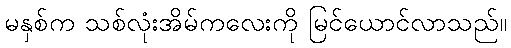
မနှစ်က သစ်လုံးအိမ်ကလေးကို မြင်ယောင်လာသည်။